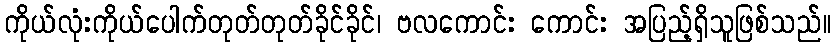
ကိုယ်လုံးကိုယ်ပေါက်တုတ်တုတ်ခိုင်ခိုင်၊ ဗလကောင်း ကောင်း အပြည့်ရှိသူဖြစ်သည်။